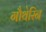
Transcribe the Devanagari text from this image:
गौथेरिन